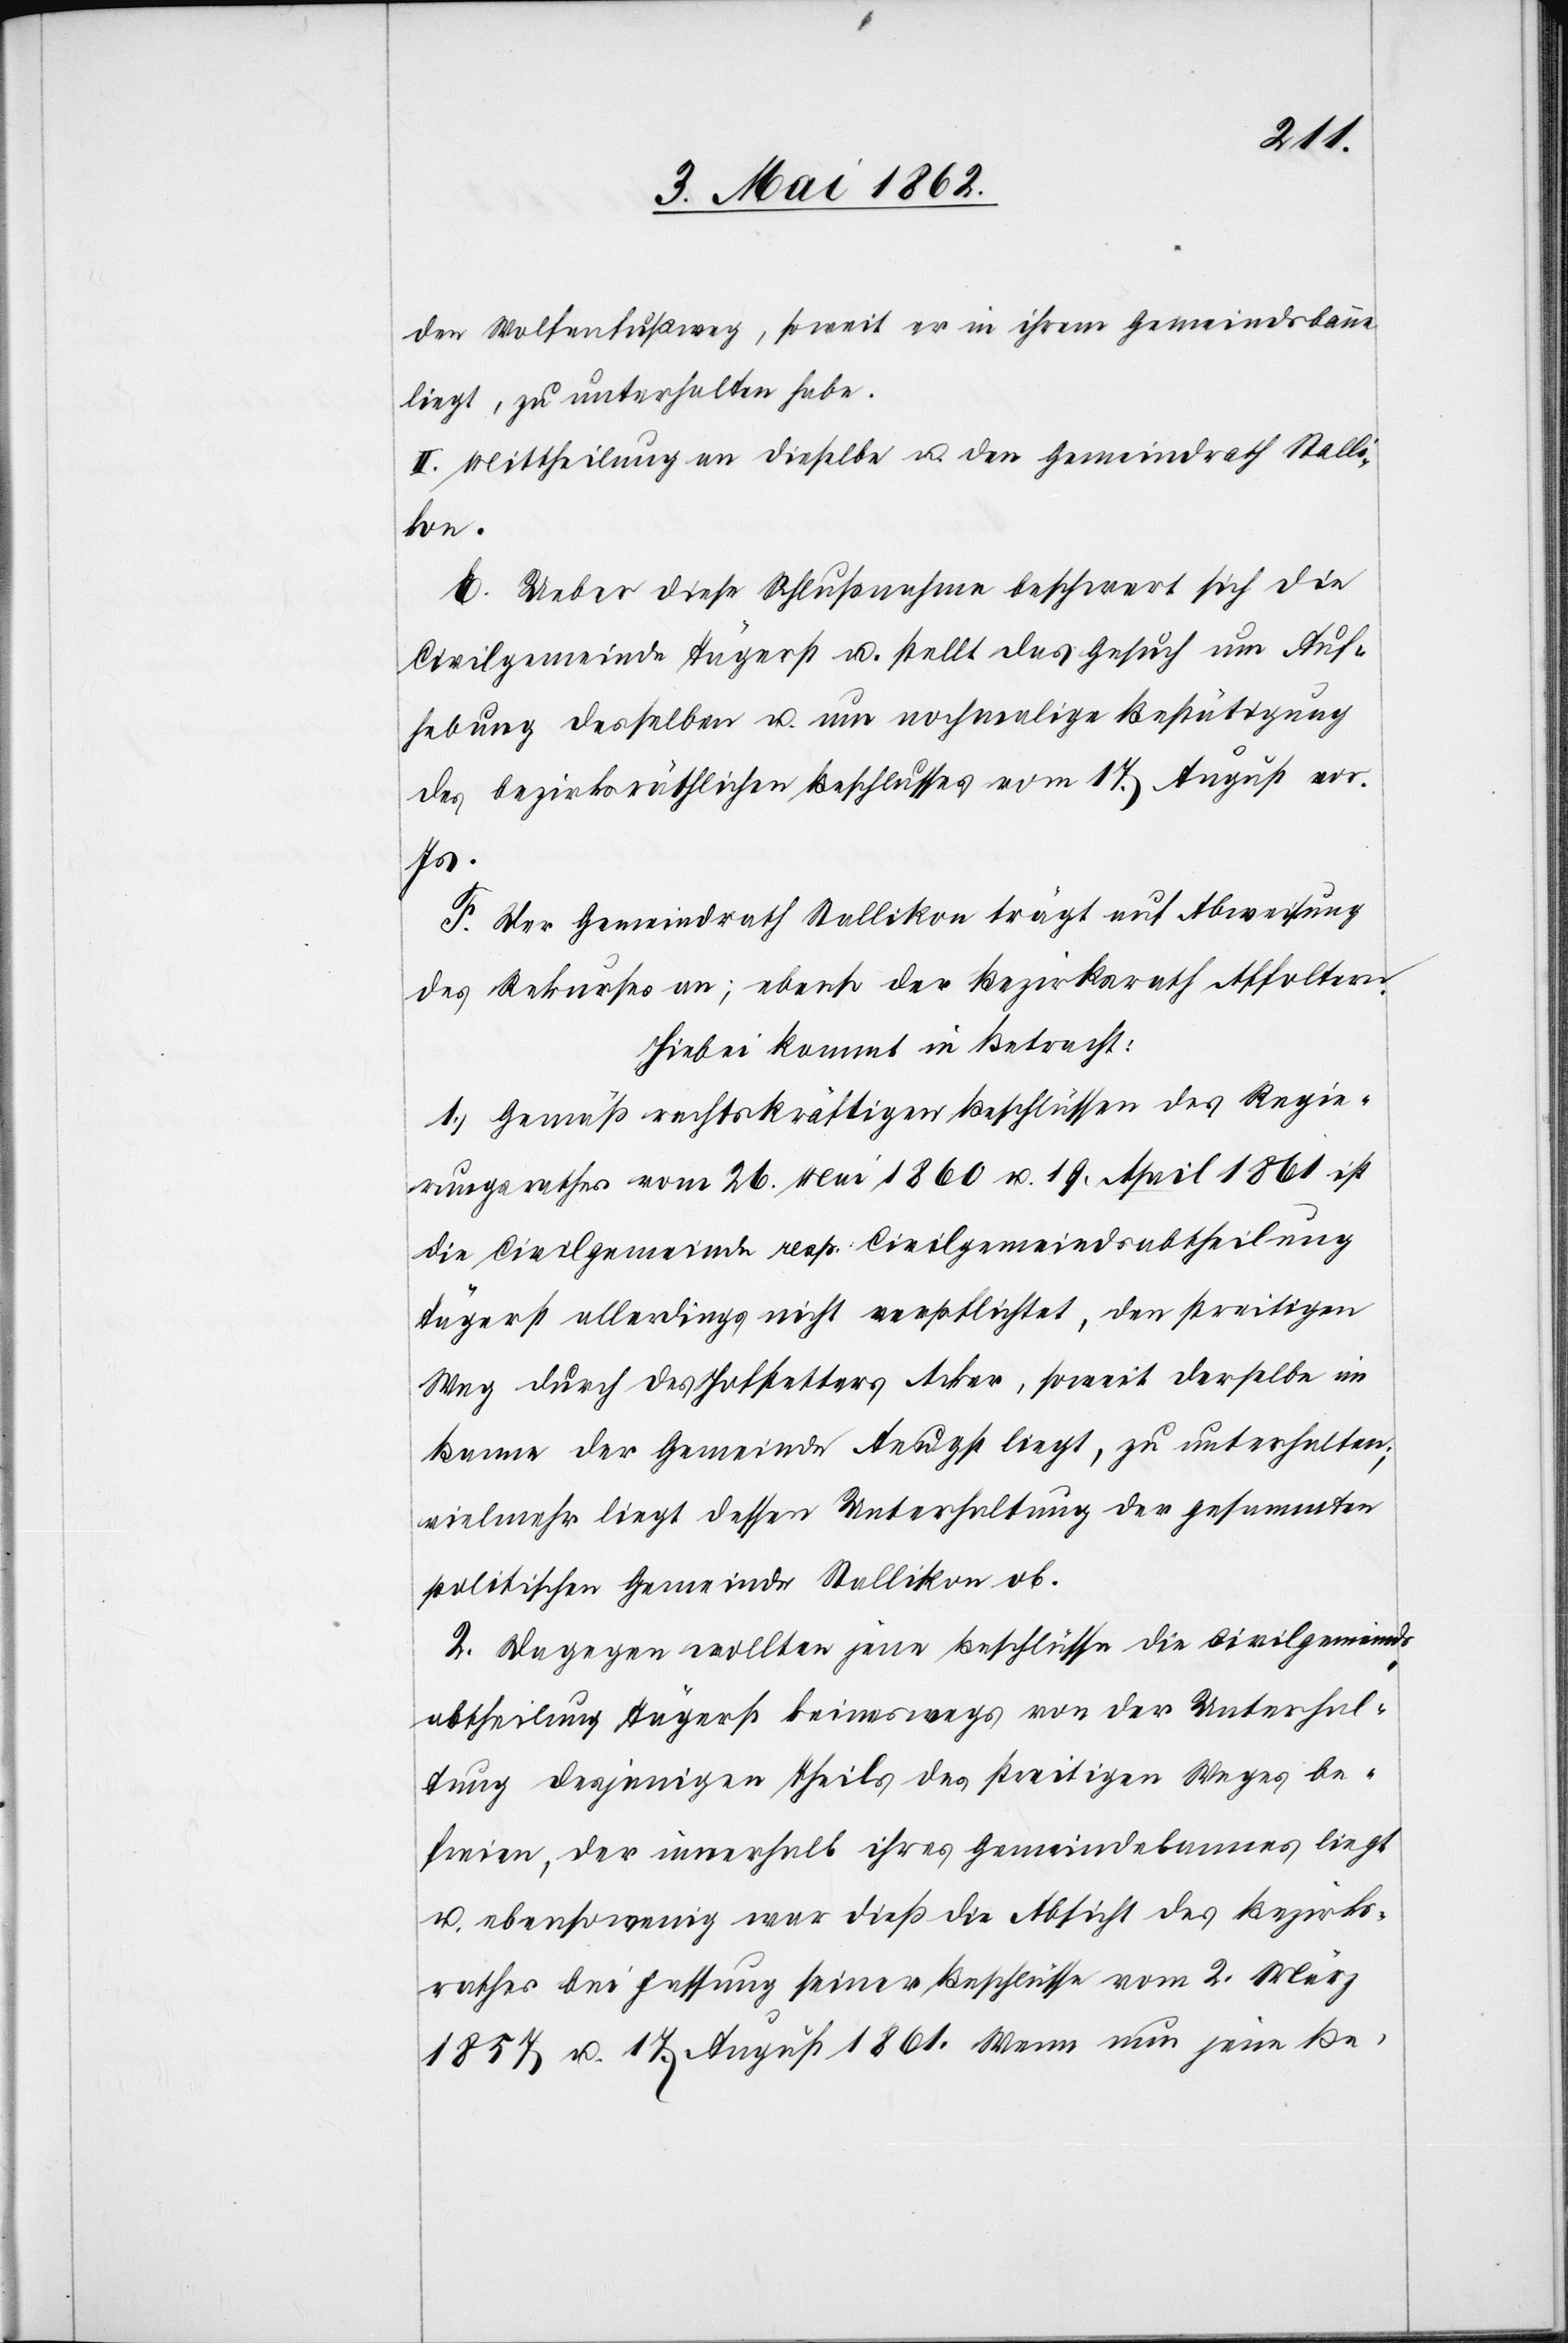
den Wolfenfußweg, soweit er in ihrem Gemeindsbann
liegt, zu unterhalten habe.
II. Mittheilung an dieselbe u. den Gemeindrath Stalli¬
kon.
E. Ueber diese Schlußnahme beschwert sich die
Civilgemeinde Tägerst u. stellt das Gesuch um Auf¬
hebung desselben u. um nochmalige Bestätigung
des bezirksräthlichen Beschlusses vom 17. August vor.
Js.
F. Der Gemeindrath Stallikon trägt auf Abweisung
des Rekurses an; ebenso der Bezirksrath Affoltern.
Hiebei kommt in Betracht:
1) Gemäß rechtskräftigen Beschlüssen des Regie¬
rungsrathes vom 26. Mai 1860 u. 19. April 1861 ist
die Civilgemeinde resp. Civilgemeindsabtheilung
Tägerst allerdings nicht verpflichtet, den streitigen
Weg durch des Hofstetters Acker, soweit derselbe im
Banne der Gemeinde Aeugst liegt, zu unterhalten;
vielmehr liegt dessen Unterhaltung der gesammten
politischen Gemeinde Stallikon ob.
2. Dagegen wollten jene Beschlüsse die Civilgemeinds¬
abtheilung Tägerst keineswegs von der Unterhal¬
tung desjenigen Theils des streitigen Weges be¬
freien, der innerhalb ihres Gemeindebannes liegt
u. ebensowenig war dieß die Absicht des Bezirks¬
rathes bei Fassung seiner Beschlüsse vom 2. März
1857 u. 17. August 1861. Wenn nun jene Be-